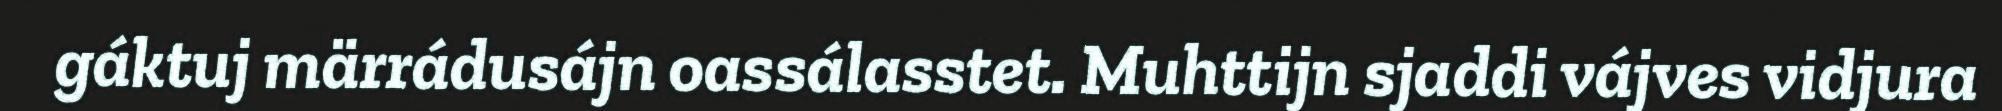
gáktuj märrádusájn oassálasstet. Muhttijn sjaddi vájves vidjura